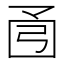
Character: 𫸭